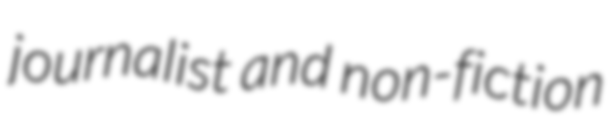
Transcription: journalist and non-fiction